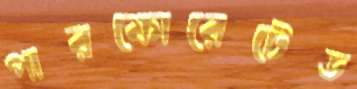
পারফোরেটেড